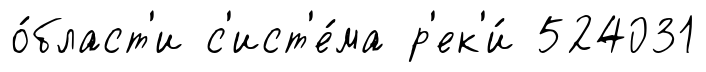
о́бласт'и с'ист'е́ма р'ек'и́ 524031